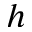
h